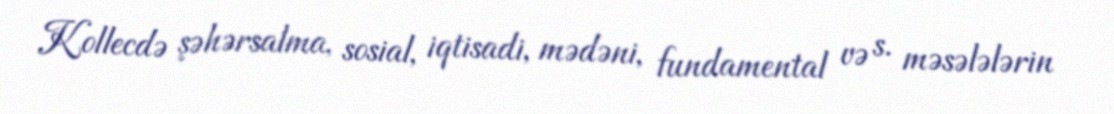
Kollecdə şəhərsalma, sosial, iqtisadi, mədəni, fundamental və s. məsələlərin